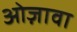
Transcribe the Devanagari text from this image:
ओज़ावा